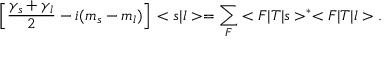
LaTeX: \Big [ \frac { { \gamma } _ { s } + { \gamma } _ { l } } { 2 } - i ( m _ { s } - m _ { l } ) \Big ] \, < s | l > = \sum _ { F } < F | T | s > ^ { \ast } < F | T | l > .